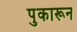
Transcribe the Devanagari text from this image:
पुकारून